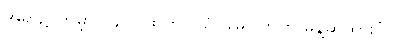
အရာ၌ ကမ္ဘာ (၄၀) ထက် ပို၍ မမြင်ကြဟု မိန့်ဆိုထားပုံ။